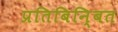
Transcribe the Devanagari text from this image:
प्रतिबिनि्बत